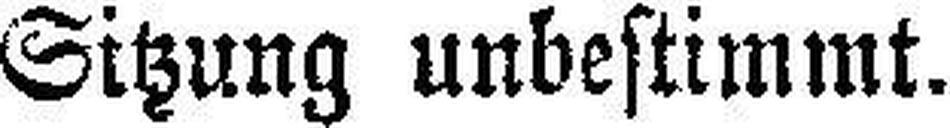
Sitzung unbestimmt.